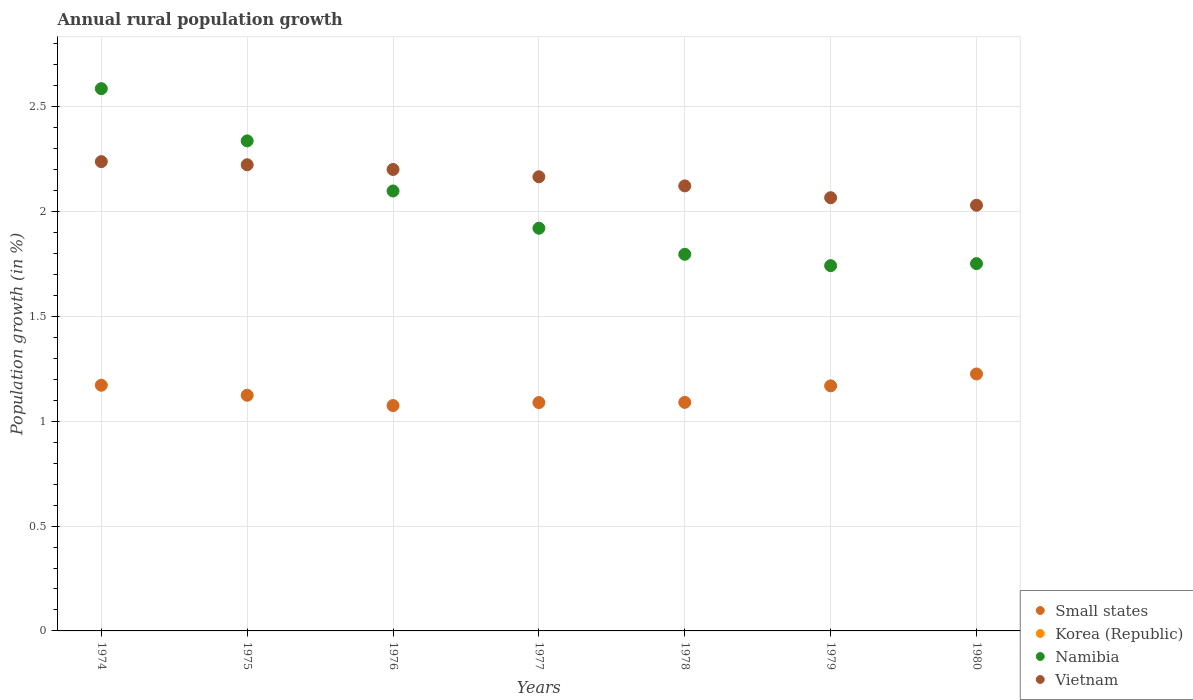
| Years | Small states | Korea (Republic) | Namibia | Vietnam |
 | --- | --- | --- | --- | --- |
 | 1974 | 1.17 | -0.962 | 2.59 | 2.24 |
 | 1975 | 1.12 | -1.08 | 2.34 | 2.22 |
 | 1976 | 1.07 | -1.7 | 2.1 | 2.2 |
 | 1977 | 1.09 | -2 | 1.92 | 2.17 |
 | 1978 | 1.09 | -2.17 | 1.8 | 2.12 |
 | 1979 | 1.17 | -2.29 | 1.74 | 2.07 |
 | 1980 | 1.23 | -2.38 | 1.75 | 2.03 |